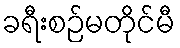
ခရီးစဉ်မတိုင်မီ